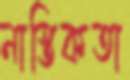
নাস্তিকতা